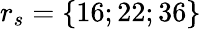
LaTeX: r_{s}=\{ 16;22;36\}